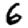
Digit: 6